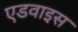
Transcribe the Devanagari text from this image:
एडवाइस